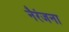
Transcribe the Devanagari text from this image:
नैरंजना